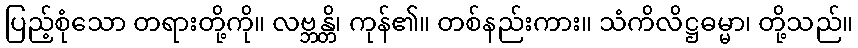
ပြည့်စုံသော တရားတို့ကို။ လဗ္ဘန္တိ၊ ကုန်၏။ တစ်နည်းကား။ သံကိလိဋ္ဌဓမ္မာ၊ တို့သည်။